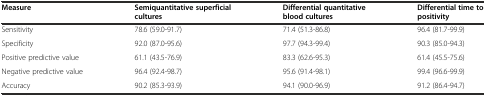
<table><thead><tr><td><b>Measure</b></td><td><b>Semiquantitative superficial cultures</b></td><td><b>Differential quantitative blood cultures</b></td><td><b>Differential time to positivity</b></td></tr></thead><tbody><tr><td>Sensitivity</td><td>78.6 (59.0-91.7)</td><td>71.4 (51.3-86.8)</td><td>96.4 (81.7-99.9)</td></tr><tr><td>Specificity</td><td>92.0 (87.0-95.6)</td><td>97.7 (94.3-99.4)</td><td>90.3 (85.0-94.3)</td></tr><tr><td>Positive predictive value</td><td>61.1 (43.5-76.9)</td><td>83.3 (62.6-95.3)</td><td>61.4 (45.5-75.6)</td></tr><tr><td>Negative predictive value</td><td>96.4 (92.4-98.7)</td><td>95.6 (91.4-98.1)</td><td>99.4 (96.6-99.9)</td></tr><tr><td>Accuracy</td><td>90.2 (85.3-93.9)</td><td>94.1 (90.0-96.9)</td><td>91.2 (86.4-94.7)</td></tr></tbody></table>